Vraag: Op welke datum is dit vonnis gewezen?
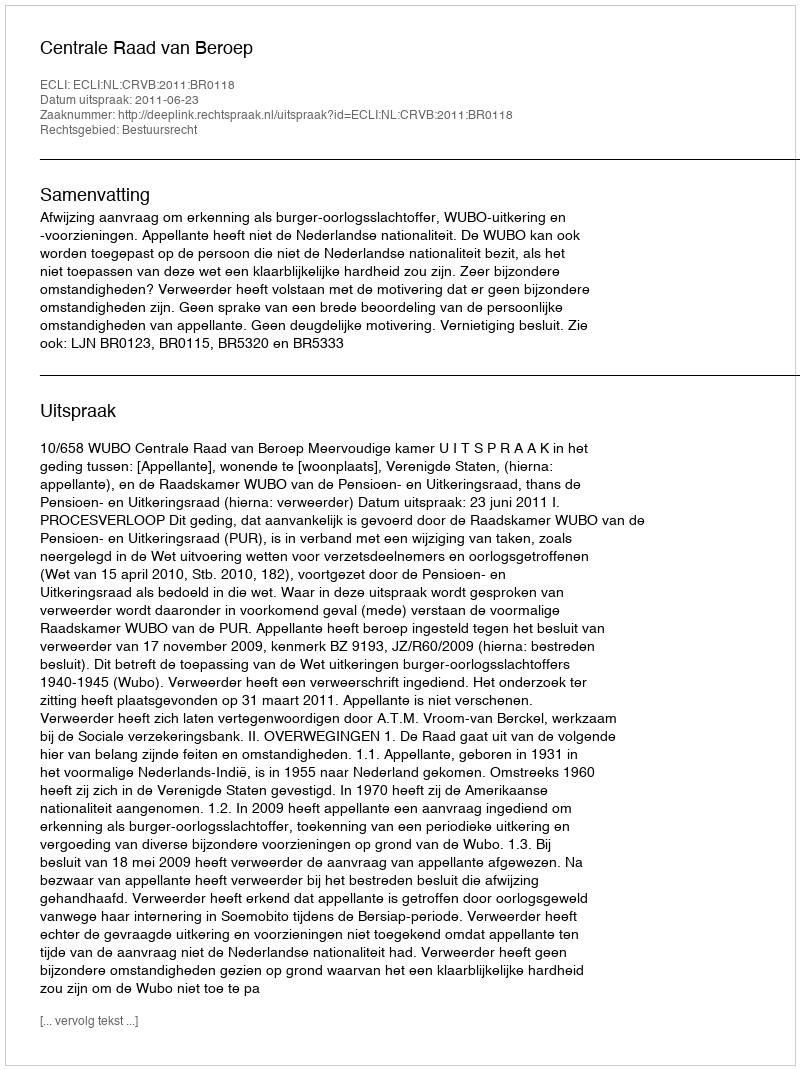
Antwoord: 2011-06-23